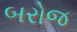
બરોજ